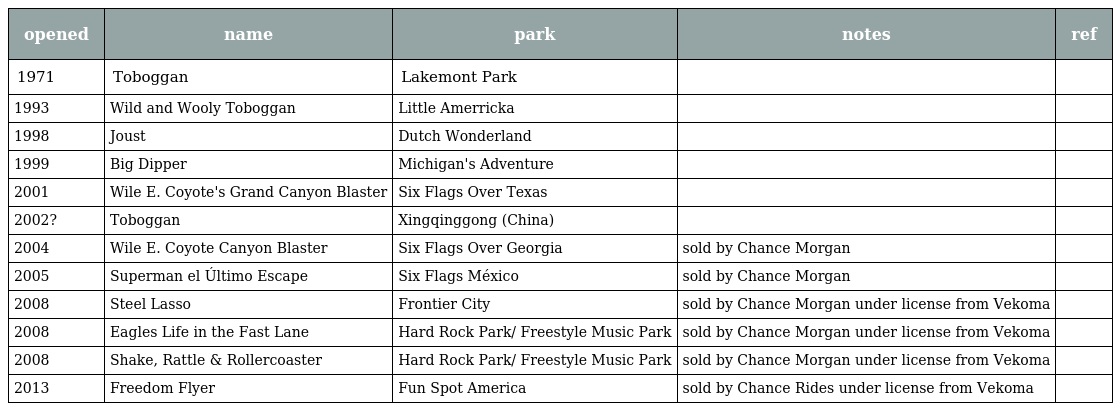
| opened | name | park | notes | ref |
 | --- | --- | --- | --- | --- |
 | 1971 | Toboggan | Lakemont Park |  |  |
 | 1993 | Wild and Wooly Toboggan | Little Amerricka |  |  |
 | 1998 | Joust | Dutch Wonderland |  |  |
 | 1999 | Big Dipper | Michigan's Adventure |  |  |
 | 2001 | Wile E. Coyote's Grand Canyon Blaster | Six Flags Over Texas |  |  |
 | 2002? | Toboggan | Xingqinggong (China) |  |  |
 | 2004 | Wile E. Coyote Canyon Blaster | Six Flags Over Georgia | sold by Chance Morgan |  |
 | 2005 | Superman el Último Escape | Six Flags México | sold by Chance Morgan |  |
 | 2008 | Steel Lasso | Frontier City | sold by Chance Morgan under license from Vekoma |  |
 | 2008 | Eagles Life in the Fast Lane | Hard Rock Park/ Freestyle Music Park | sold by Chance Morgan under license from Vekoma |  |
 | 2008 | Shake, Rattle & Rollercoaster | Hard Rock Park/ Freestyle Music Park | sold by Chance Morgan under license from Vekoma |  |
 | 2013 | Freedom Flyer | Fun Spot America | sold by Chance Rides under license from Vekoma |  |